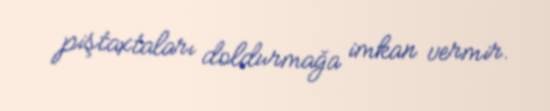
piştaxtaları doldurmağa imkan vermir.